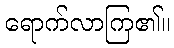
ရောက်လာကြ၏။